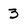
Character: 3